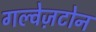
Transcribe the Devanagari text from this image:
गल्वेज़टोन